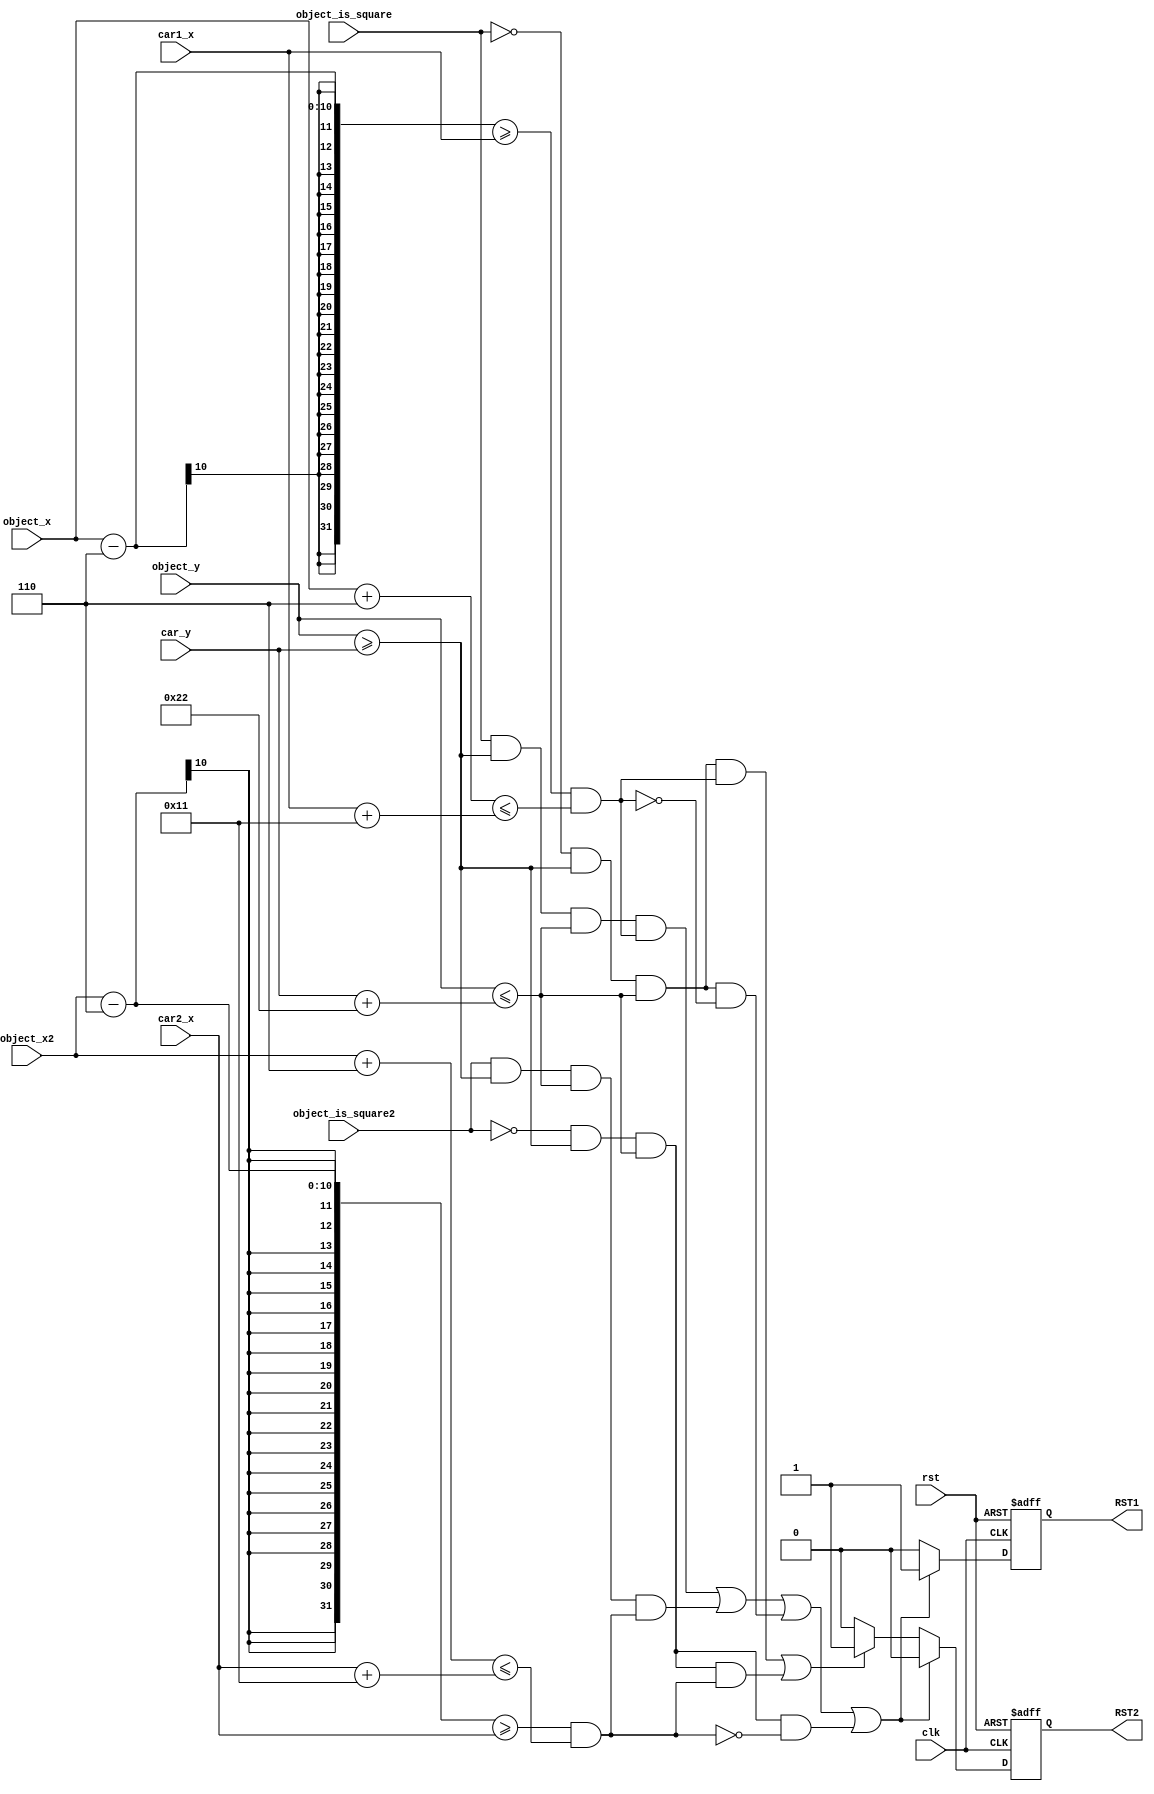

module collision_detector (
    input wire clk,
    input wire rst,
    input wire [9:0] car1_x,
    input wire [9:0] car2_x,
    input wire [8:0] car_y,
    input wire object_is_square,
    input wire object_is_square2,
    input wire [9:0] object_x,
    input wire [9:0] object_x2,
    input wire [8:0] object_y,
    output reg RST1,
    output reg RST2  // For score
);

    always @(posedge clk or posedge rst) begin
        RST2 <= 0;
        RST1 <= 0;
        
        if (rst) begin
            RST1 <= 0;
            RST2 <= 0;
        
        end else begin
            if ((object_is_square && object_y >= car_y && object_y <= car_y + 34 &&
                 (object_x - 6 >= car1_x && object_x + 6 <= car1_x + 17)) || (object_is_square2 && object_y >= car_y && object_y <= car_y + 34 &&
                 (object_x2 - 6 >= car2_x && object_x2 + 6 <= car2_x + 17)) || (~object_is_square && object_y >= car_y && object_y <= car_y + 34 &&
                 ~(object_x - 6 >= car1_x && object_x + 6 <= car1_x + 17)) || (~object_is_square2 && object_y >= car_y && object_y <= car_y + 34 &&
                 ~(object_x2 - 6 >= car2_x && object_x2 + 6 <= car2_x + 17))) begin
              // Collision case 
                RST1 <= 1; 
                RST2 <= 0;
                
            end else if ((~object_is_square && object_y >= car_y && object_y <= car_y + 34 &&
                  (object_x - 6 >= car1_x && object_x + 6 <= car1_x + 17)) || (~object_is_square2 && object_y >= car_y && object_y <= car_y + 34 &&
                  (object_x2 - 6 >= car2_x && object_x2 + 6 <= car2_x + 17))) begin
                // Scoring case
                  RST2 <= 1; 
                  RST1 <= 0;
            
            end else begin
                RST1 <= 0;
            end
       end
    end
endmodule